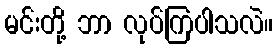
မင်းတို့ ဘာ လုပ်ကြပါသလဲ။